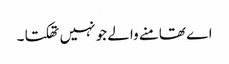
اے تھامنے والے جو نہیں تھکتا ۔